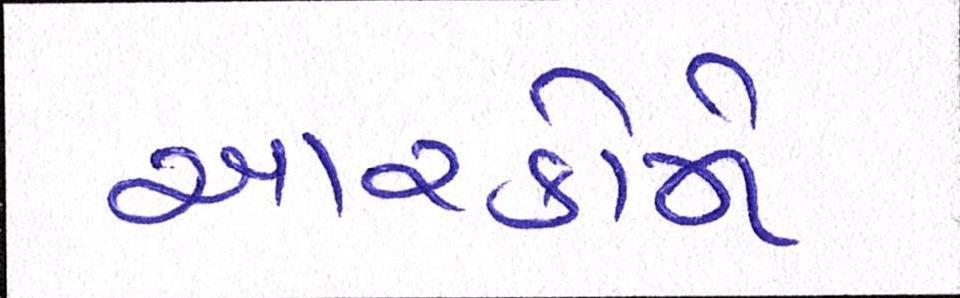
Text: આરકોમે